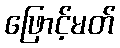
ဖြောင့်မတ်